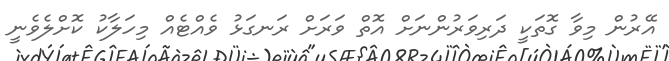
އޭރުން މިވާ ގޮތަކީ ދަރިވަރުންނަށް އޮތް ވަރަށް ރަނގަޅު ވެއްޓެއް މިހަލާކު ކޮށްލެވެނީ